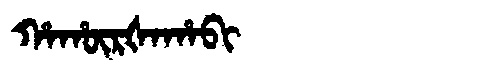
Manchu: ᡥᠠᡥᡡᡵᡧᠠᡥᠠᠪᡳ
Romanization: HAHŪRŠAHABI